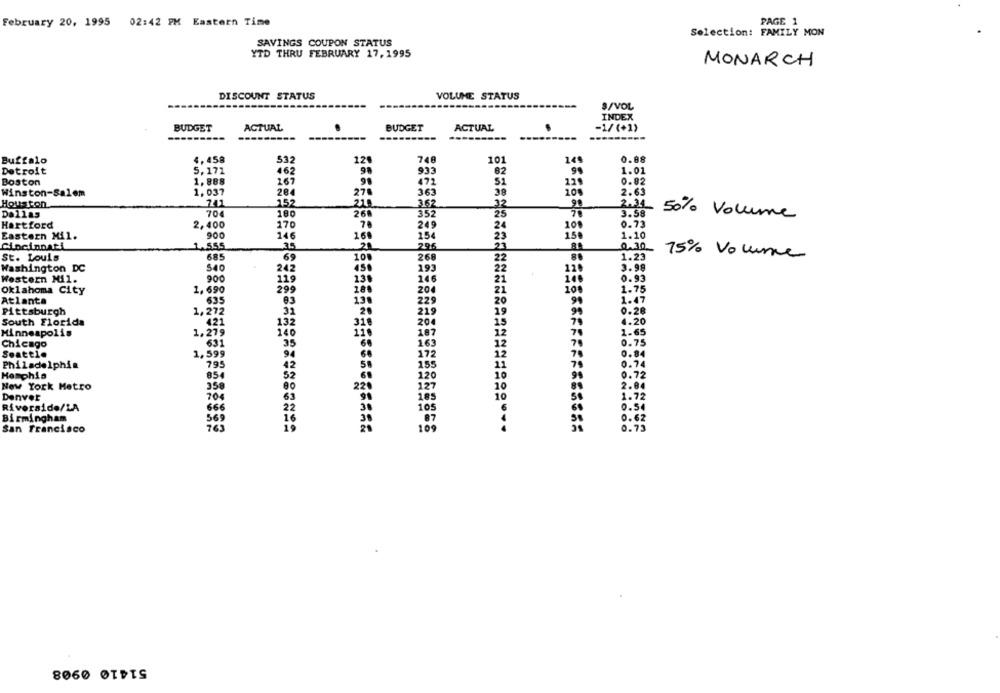
PAGE 1
February 20, 1995 02:42 PM Eastern Time
Selection: FAMILY MON
SAVINGS COUPON STATUS
YTD THRU FEBRUARY 17,1995
MONARCH
DISCOUNT STATUS
VOLUME STATUS
S/VOL
INDEX
BUDGET
ACTUAL
BUDGET
ACTUAL
-1/(+1)
---------
Buffalo
4,458
532
128
748
101
0.88
149
Detroit
5,171
462
933
62
1.01
1.888
167
99
472
Boston
51
229
0.82
Winston-Salem
1,037
284
270
363
38
10%
2.63
21.
Houston
241
152
3.62
32
2.31
Dallas
70€
180
260
352
25
3.58
50% Volume
Hartford
2,400
170
249
24
100
0.73
Eastern Mil.
900
146
168
154
150
1.10
23
Cincinnati
1.555
35
20
296
0.30
St. Louis
685
69
10.
268
22
1.23
75% Volume
Washington DC
$40
242
450
193
22
120
3.98
131
Western Mil.
900
119
146
21
146
0.93
Oklahoma City
1,690
299
204
21
100
1.75
Atlanta
635
13.
229
20
1.47
Pittsburgh
1,272
219
19
0.28
South Florida
423
132
31.
204
15
70
4.20
Minneapolis
140
110
12
1.65
1,279
187
Chicago
35
60
163
12
70
0.75
Seattle
1,599
60
172
12
0.84
Philadelphia
42
155
11
74
0.74
0.72
Memphis
854
52
120
10
New York Metro
220
127
10
2.84
Denver
704
63
91
185
10
50
1.72
Riverside/LA
666
22
30
0.54
0.62
Birmingham
569
16
30
San Francisco
19
20
10%
0.73
8060 OTPIS